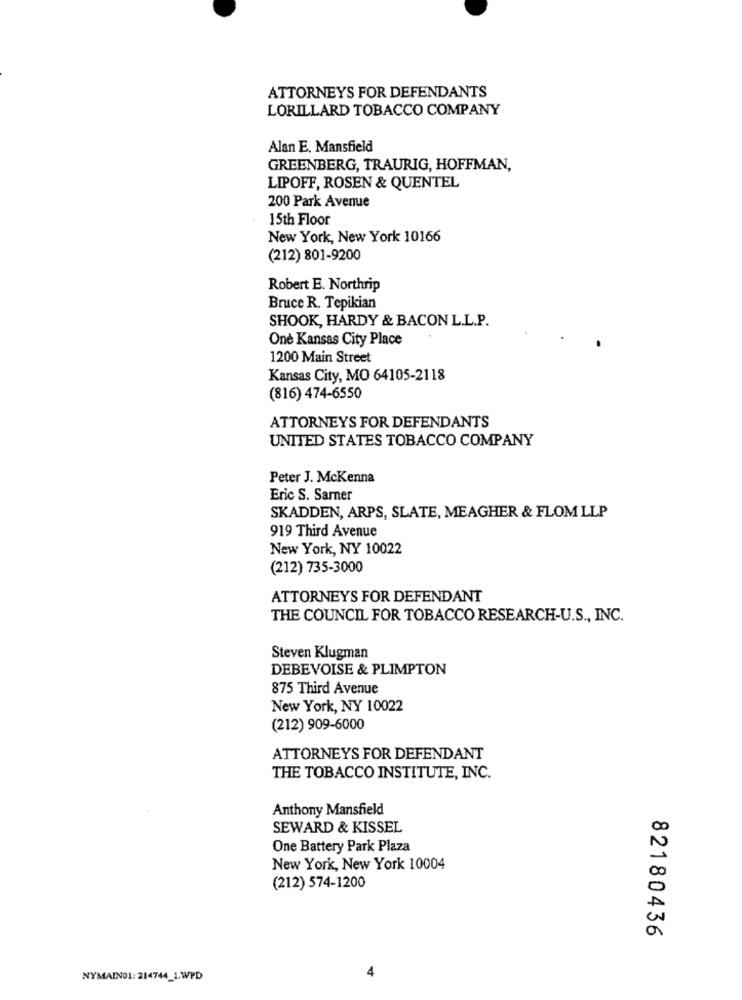
ATTORNEY'S FOR DEFENDANTS
LORILLARD TOBACCO COMPANY
Alan E. Mansfield
GREENBERG, TRAURIG, HOFFMAN,
LIPOFF, ROSEN & QUENTEL
200 Park Avenue
15th Floor
New York, New York 10166
(212) 801-9200
Robert E. Northrip
Bruce R. Tepikian
SHOOK, HARDY & BACON L.L.P.
One Kansas City Place
1200 Main Street
Kansas City, MO 64105-2118
(816) 474-6550
ATTORNEYS FOR DEFENDANTS
UNITED STATES TOBACCO COMPANY
Peter J. McKenna
Eric S. Sarner
SKADDEN, ARPS, SLATE, MEAGHER & FLOM LLP
919 Third Avenue
New York, NY 10022
(212) 735-3000
ATTORNEYS FOR DEFENDANT
THE COUNCIL FOR TOBACCO RESEARCH-U.S ., INC.
Steven Klugman
DEBEVOISE & PLIMPTON
875 Third Avenue
New York, NY 10022
(212) 909-6000
ATTORNEYS FOR DEFENDANT
THE TOBACCO INSTITUTE, INC.
Anthony Mansfield
SEWARD & KISSEL
One Battery Park Plaza
New York, New York 10004
(212) 574-1200
82180436
NYMAIN01: 214744_1.WPD
4